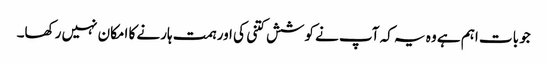
جو بات اہم ہے وہ یہ کہ آپ نے کوشش کتنی کی اور ہمت ہارنے کا امکان نہیں رکھا۔